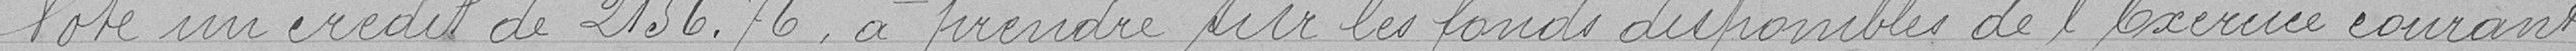
Vote un crédit de 2156.76 à prendre sur les fonds disponibles de l'Exercice courant.